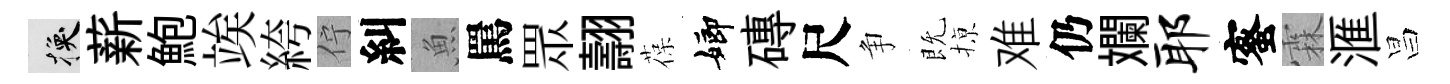
换薪鮑竢絝佇糾魚罵眾翿葆嫏磚尺争既𢱊难仍斕耶蜜霖滙昌